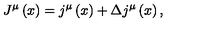
J ^ { \mu } \left( x \right) = j ^ { \mu } \left( x \right) + \Delta j ^ { \mu } \left( x \right) ,